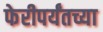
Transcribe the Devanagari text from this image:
फेरीपर्यंतच्या